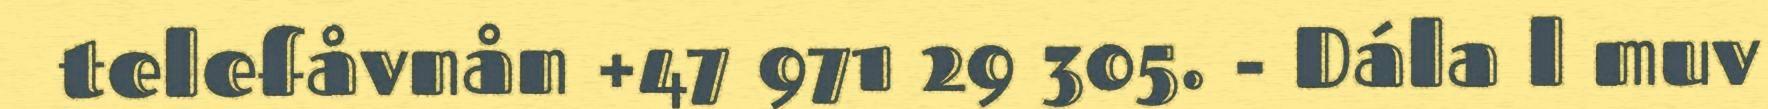
telefåvnån +47 971 29 305. - Dála l muv